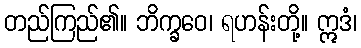
တည်ကြည်၏။ ဘိက္ခဝေ၊ ရဟန်းတို့။ ဣဒံ၊